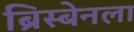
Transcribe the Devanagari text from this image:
ब्रिस्बेनला